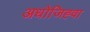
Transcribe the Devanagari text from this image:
अधोजिह्वा